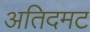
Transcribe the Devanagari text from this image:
अतिदमट